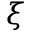
\xi